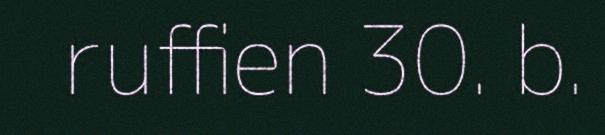
ruffien 30. b.